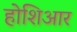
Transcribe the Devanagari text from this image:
होशिआर